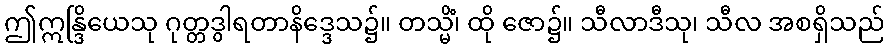
ဤဣန္ဒြိယေသု ဂုတ္တဒွါရတာနိဒ္ဒေသ၌။ တသ္မိံ၊ ထို ဇော၌။ သီလာဒီသု၊ သီလ အစရှိသည်